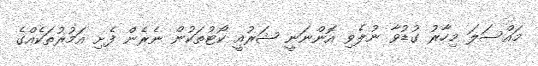
މައްސަލަ މިހާރު ގުޑުވާ ނުލެވި އޮންނަނީ ޝަރުއީ ކޯޓުތަކުން ނެރެން ފެށި އަމުރުތަކެއްގެ